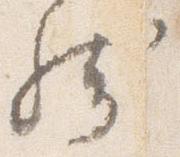
然